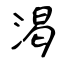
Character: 渇